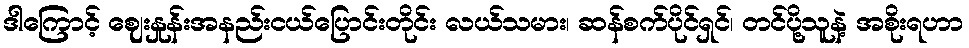
ဒါကြောင့် ဈေးနှုန်းအနည်းငယ်ပြောင်းတိုင်း လယ်သမား၊ ဆန်စက်ပိုင်ရှင်၊ တင်ပို့သူနဲ့ အစိုးရဟာ